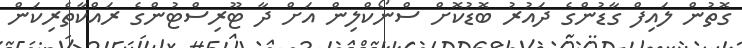
ގޮތުން ލައިފް ގާޑުންގެ ދައުރު ބޮޑުކޮށް ސްނޯކްލިން އަށް ދާ ޓޫރިސްޓުންގެ ރައްކާތެރިކަން